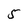
Character: 5